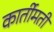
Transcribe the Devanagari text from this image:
कार्तीमती